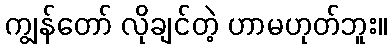
ကျွန်တော် လိုချင်တဲ့ ဟာမဟုတ်ဘူး။